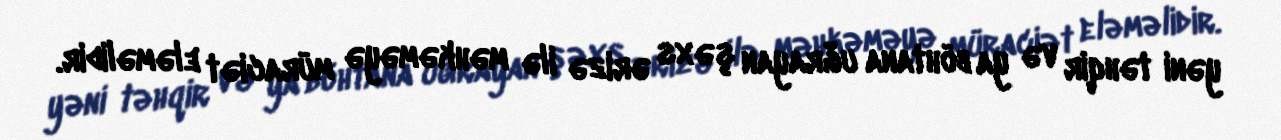
yəni təhqir və ya böhtana uğrayan şəxs ərizə ilə məhkəməyə müraciət eləməlidir.